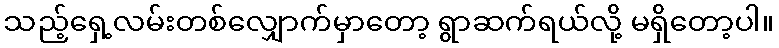
သည့်ရှေ့လမ်းတစ်လျှောက်မှာတော့ ရွာဆက်ရယ်လို့ မရှိတော့ပါ။